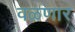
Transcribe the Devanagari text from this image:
वळणार